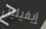
إيفيلين